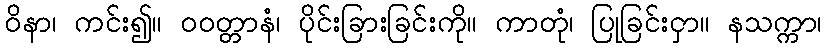
ဝိနာ၊ ကင်း၍။ ဝဝတ္တာနံ၊ ပိုင်းခြားခြင်းကို။ ကာတုံ၊ ပြုခြင်းငှာ။ နသက္ကာ၊